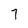
Character: 7